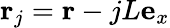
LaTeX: {\mathbf r}_{j}={\mathbf r}-jL{\mathbf e}_{x}